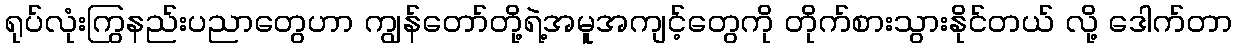
ရုပ်လုံးကြွနည်းပညာတွေဟာ ကျွန်တော်တို့ရဲ့အမူအကျင့်တွေကို တိုက်စားသွားနိုင်တယ် လို့ ဒေါက်တာ